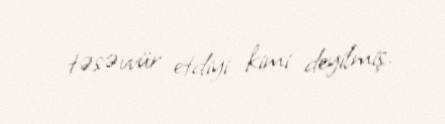
təsəvvür etdiyi kimi deyilmiş.